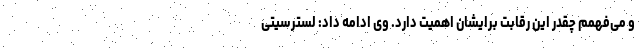
و می‌فهمم چقدر این رقابت برایشان اهمیت دارد. وی ادامه داد: لسترسیتی